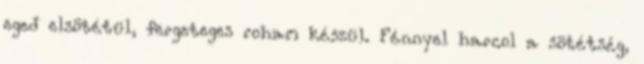
eged elsötétül, fergeteges roham készül. Fénnyel harcol a sötétség,